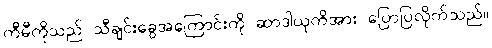
ကီမီကိုသည် သီချင်းခွေအကြောင်းကို ဆာဒါယုကိအား ပြောပြလိုက်သည်။